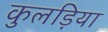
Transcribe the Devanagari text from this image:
कुलड़िया